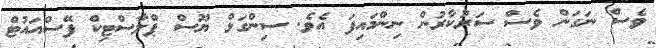
ވެސް ނަގަން ވެސް ސަރުކާރުން ނިންމައިފަ އެވެ. ސިންގަލް ޔޫސް ޕްލާސްޓިކް ފޭސްއައުޓް